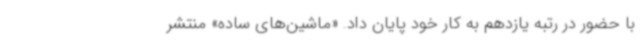
با حضور در رتبه یازدهم به کار خود پایان داد. «ماشین‌های ساده» منتشر